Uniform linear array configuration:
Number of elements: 12
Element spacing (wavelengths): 1
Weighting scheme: hann
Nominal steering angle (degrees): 60
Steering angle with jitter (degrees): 58.499
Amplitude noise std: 0.05
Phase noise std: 0.05

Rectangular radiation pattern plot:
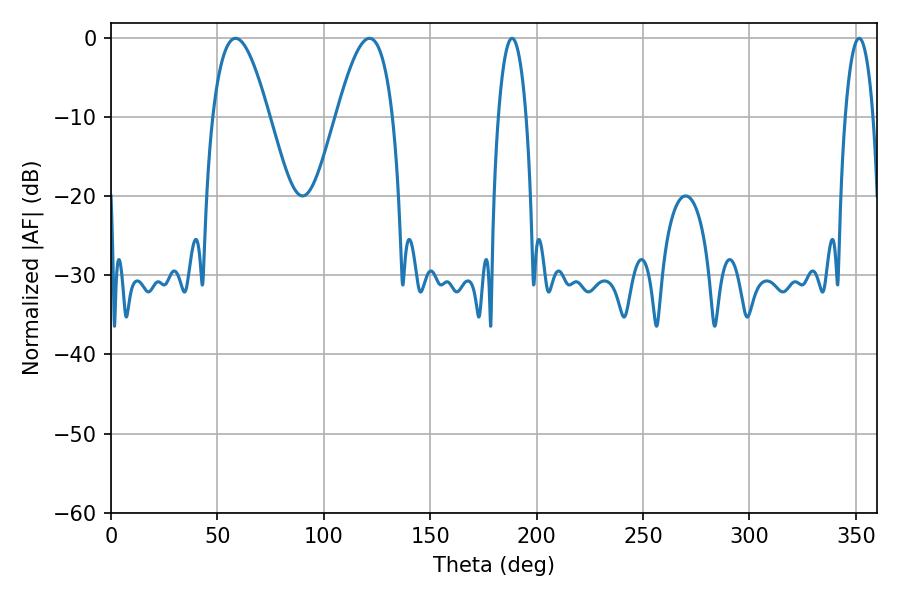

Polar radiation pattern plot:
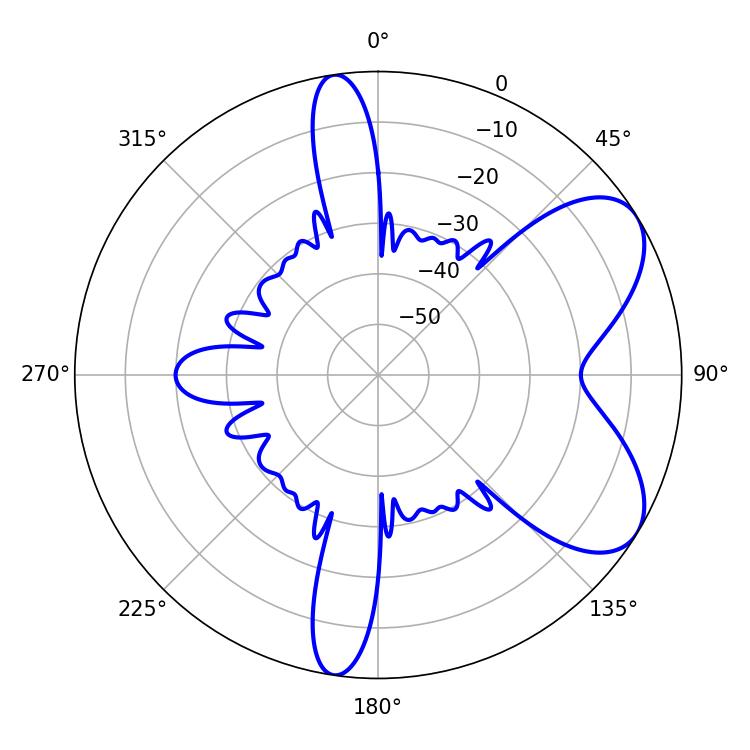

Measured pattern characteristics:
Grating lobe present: TRUE
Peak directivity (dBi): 6.663
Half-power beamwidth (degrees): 7.2
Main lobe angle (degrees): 188.46